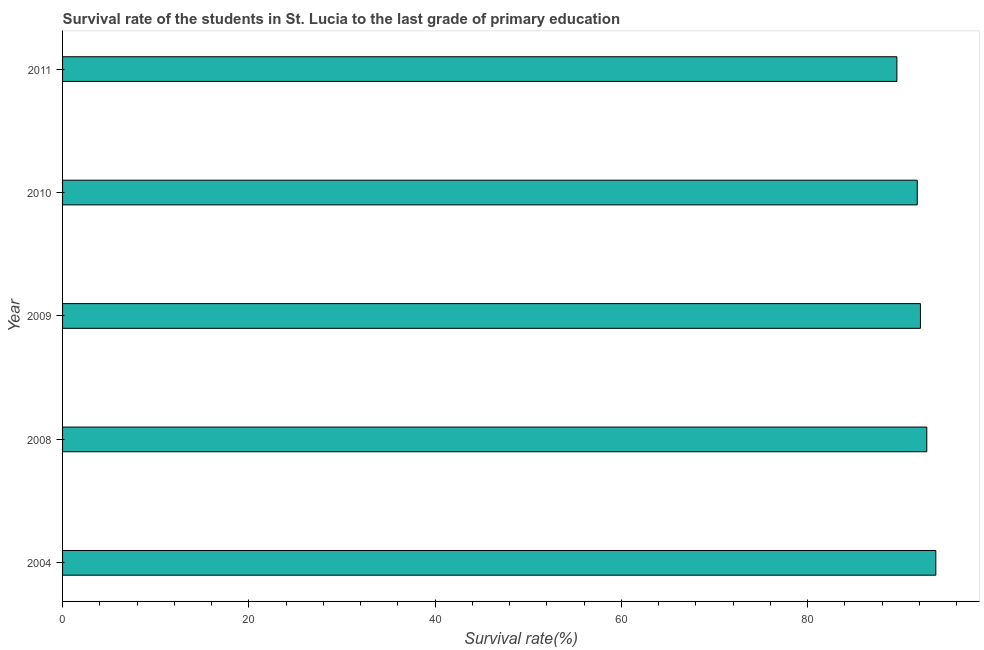
| Year | Primary Education |
 | --- | --- |
 | 2004 | 93.8 |
 | 2008 | 92.8 |
 | 2009 | 92.1 |
 | 2010 | 91.8 |
 | 2011 | 89.6 |